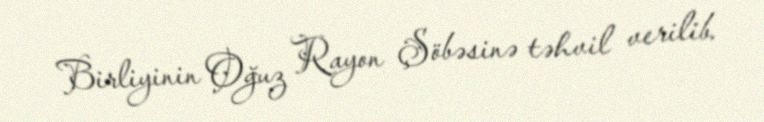
Birliyinin Oğuz Rayon Şöbəsinə təhvil verilib.